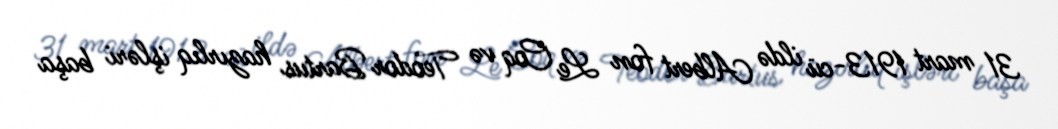
31 mart 1913-cü ildə Albert fon Le Coq və Teodor Bartus hazırlıq işləri başa